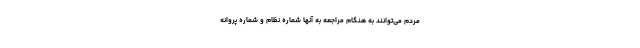
مردم می‌توانند به هنگام مراجعه به آنها شماره نظام و شماره پروانه